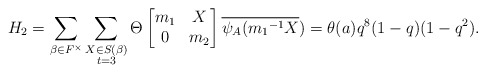
\begin{align*} H_2=\displaystyle \sum_{\beta \in F^{\times}} \sum_{\substack{X\in S(\beta) \\ t=3 }}\Theta \begin{bmatrix} m_1 & X\\0 & m_2\end{bmatrix}\overline{\psi_A({m_1}^{-1}X})=\theta(a)q^8(1-q)(1-q^2).\end{align*}